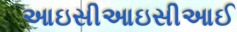
આઇસીઆઇસીઆઈ